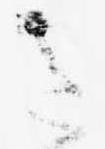
さ